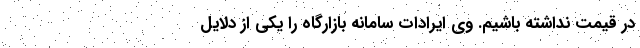
در قیمت نداشته باشیم. وی ایرادات سامانه بازارگاه را یکی از دلایل